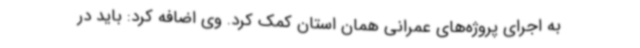
به اجرای پروژه‌های عمرانی همان استان کمک کرد. وی اضافه کرد: باید در